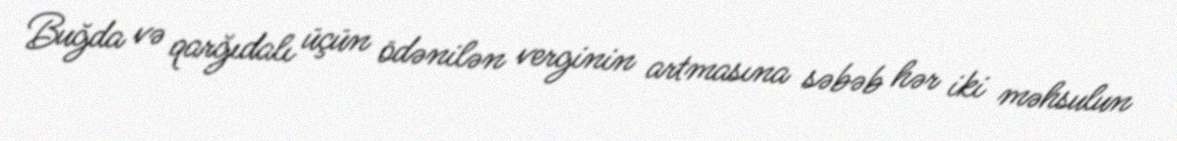
Buğda və qarğıdalı üçün ödənilən verginin artmasına səbəb hər iki məhsulun